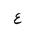
Letter: _ayn